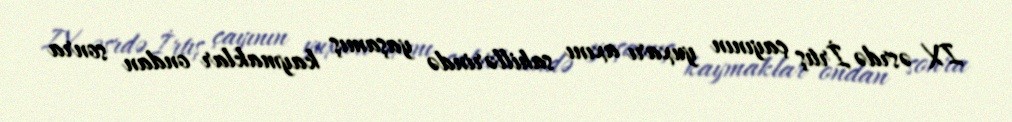
IX əsrdə İrtış çayının yuxarı axını sahillərində yaşamış kaymaklar ondan sonra